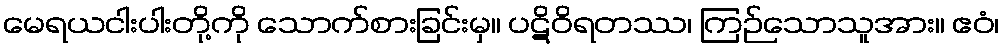
မေရယငါးပါးတို့ကို သောက်စားခြင်းမှ။ ပဋိဝိရတဿ၊ ကြဉ်သောသူအား။ ဧဝံ၊